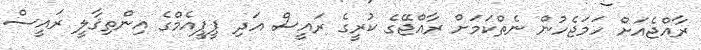
ރާއްޖެއަށް ހަމަޖެހުން ނެތްކަމަށް ރާއްޖޭގެ ކުރީގެ ރައީސް އަދި ޕީޕީއެމްގެ އިންތިޤާލީ ރައީސް